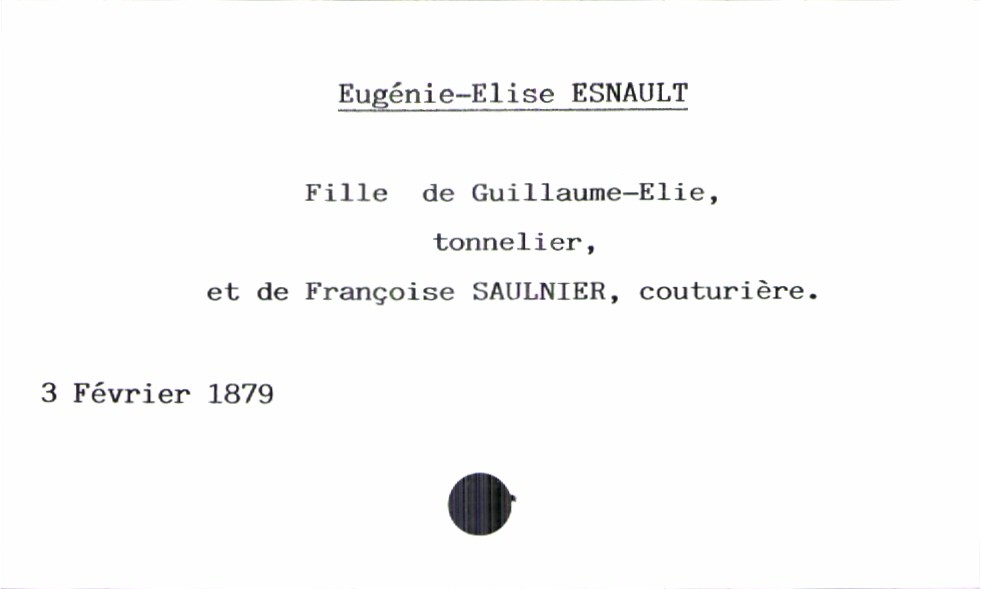
type_acte: Baptême
année: 1879
mois: février
jour: 3
filiation: fille
enfant_prénom: Eugénie-Elise
père_enfant_nom: Esnault
père_enfant_prénom: Guillaume-Elie
père_enfant_profession: tonnelier
mère_enfant_nom: Saulnier
mère_enfant_prénom: Françoise
mère_enfant_profession: couturière